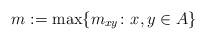
LaTeX: \begin{align*}m := \max \{m_{xy} \colon x,y \in A\}\end{align*}